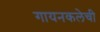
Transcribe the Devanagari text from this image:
गायनकलेची